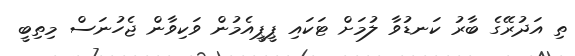
ތި އަދުރޭގެ ބާރު ކަނޑުވާ ލުމަށް ޓަކައި ޕީޕީއެމުން ވަކިވާން ޖެހުނަސް މިތިބީ